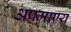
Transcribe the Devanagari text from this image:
अप्रमाण्य